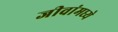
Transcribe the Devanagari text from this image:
जीवांमध्ये